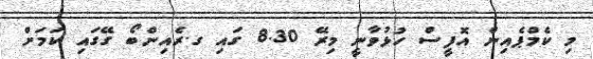
މި ކެމްޕެއިން އޮފީސް ހުޅުވާނީ މިރޭ 8.30 ގައި ގ.ރެއިންބޯ ގޭގައި ކަމަށް